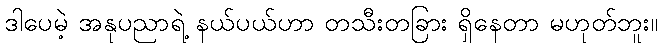
ဒါပေမဲ့ အနုပညာရဲ့ နယ်ပယ်ဟာ တသီးတခြား ရှိနေတာ မဟုတ်ဘူး။